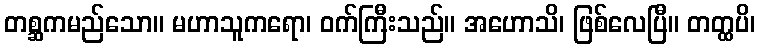
တစ္ဆကမည်သော။ မဟာသူကရော၊ ဝက်ကြီးသည်။ အဟောသိ၊ ဖြစ်လေပြီ။ တတ္ထပိ၊